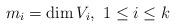
LaTeX: \begin{align*}m_i=\dim V_i, \ 1\le i\le k\end{align*}